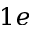
1 e